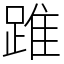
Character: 踓